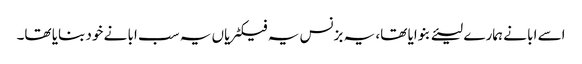
اسے ابا نے ہمارے لیئے بنوایا تھا، یہ بزنس یہ فیکٹریاں یہ سب ابا نے خود بنایا تھا۔